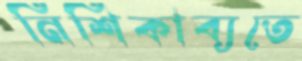
নিশিকাব্যতে